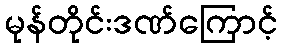
မုန်တိုင်းဒဏ်ကြောင့်